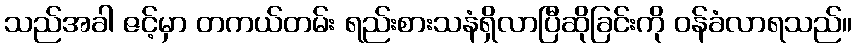
သည်အခါ ဇင့်မှာ တကယ်တမ်း ရည်းစားသနံရှိလာပြီဆိုခြင်းကို ဝန်ခံလာရသည်။